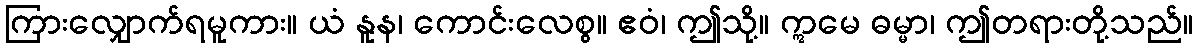
ကြားလျှောက်ရမူကား။ ယံ နူန၊ ကောင်းလေစွ။ ဧဝံ၊ ဤသို့။ ဣမေ ဓမ္မာ၊ ဤတရားတို့သည်။